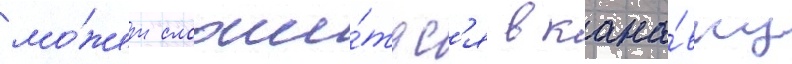
мо́жет сложи́тьс'я в кана́вку